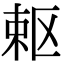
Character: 𭪈